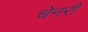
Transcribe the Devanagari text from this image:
चेनरी